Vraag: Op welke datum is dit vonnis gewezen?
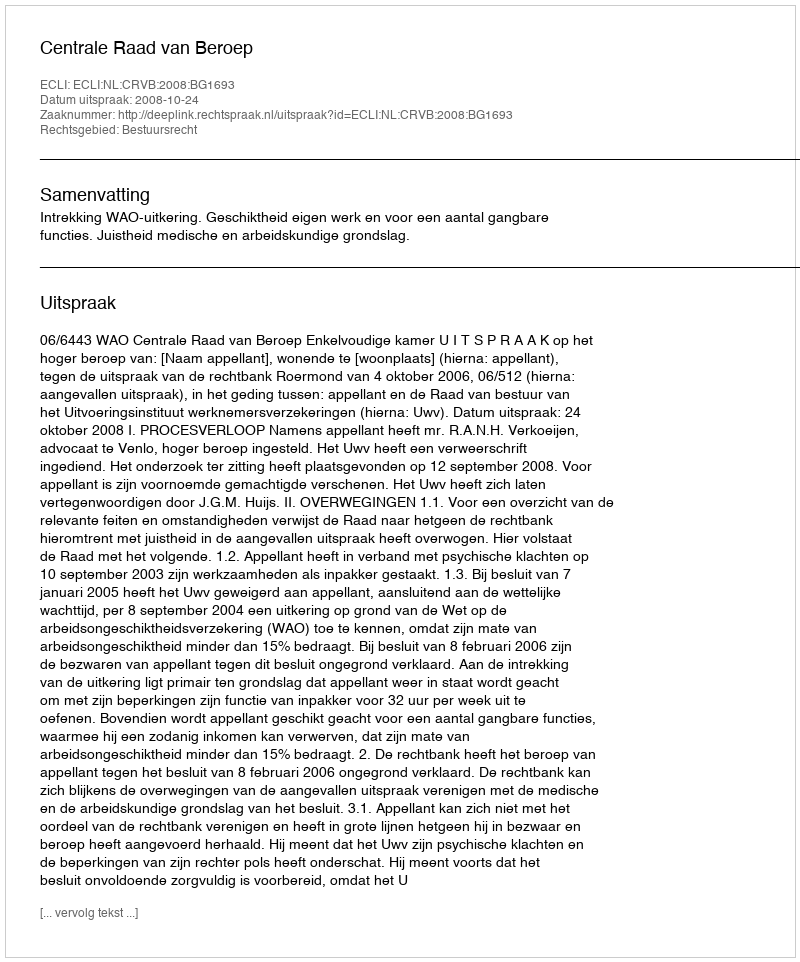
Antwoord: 2008-10-24